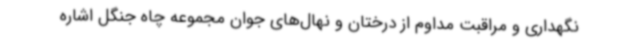
نگهداری و مراقبت مداوم از درختان و نهال‌های جوان مجموعه چاه جنگل اشاره